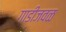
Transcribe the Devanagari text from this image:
गाडीजवळ